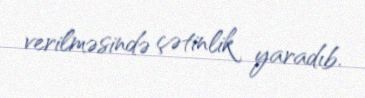
verilməsində çətinlik yaradıb.